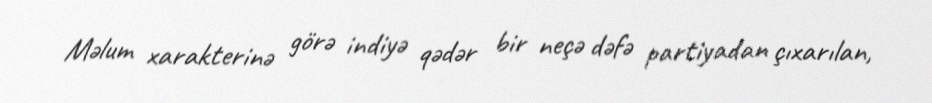
Məlum xarakterinə görə indiyə qədər bir neçə dəfə partiyadan çıxarılan,